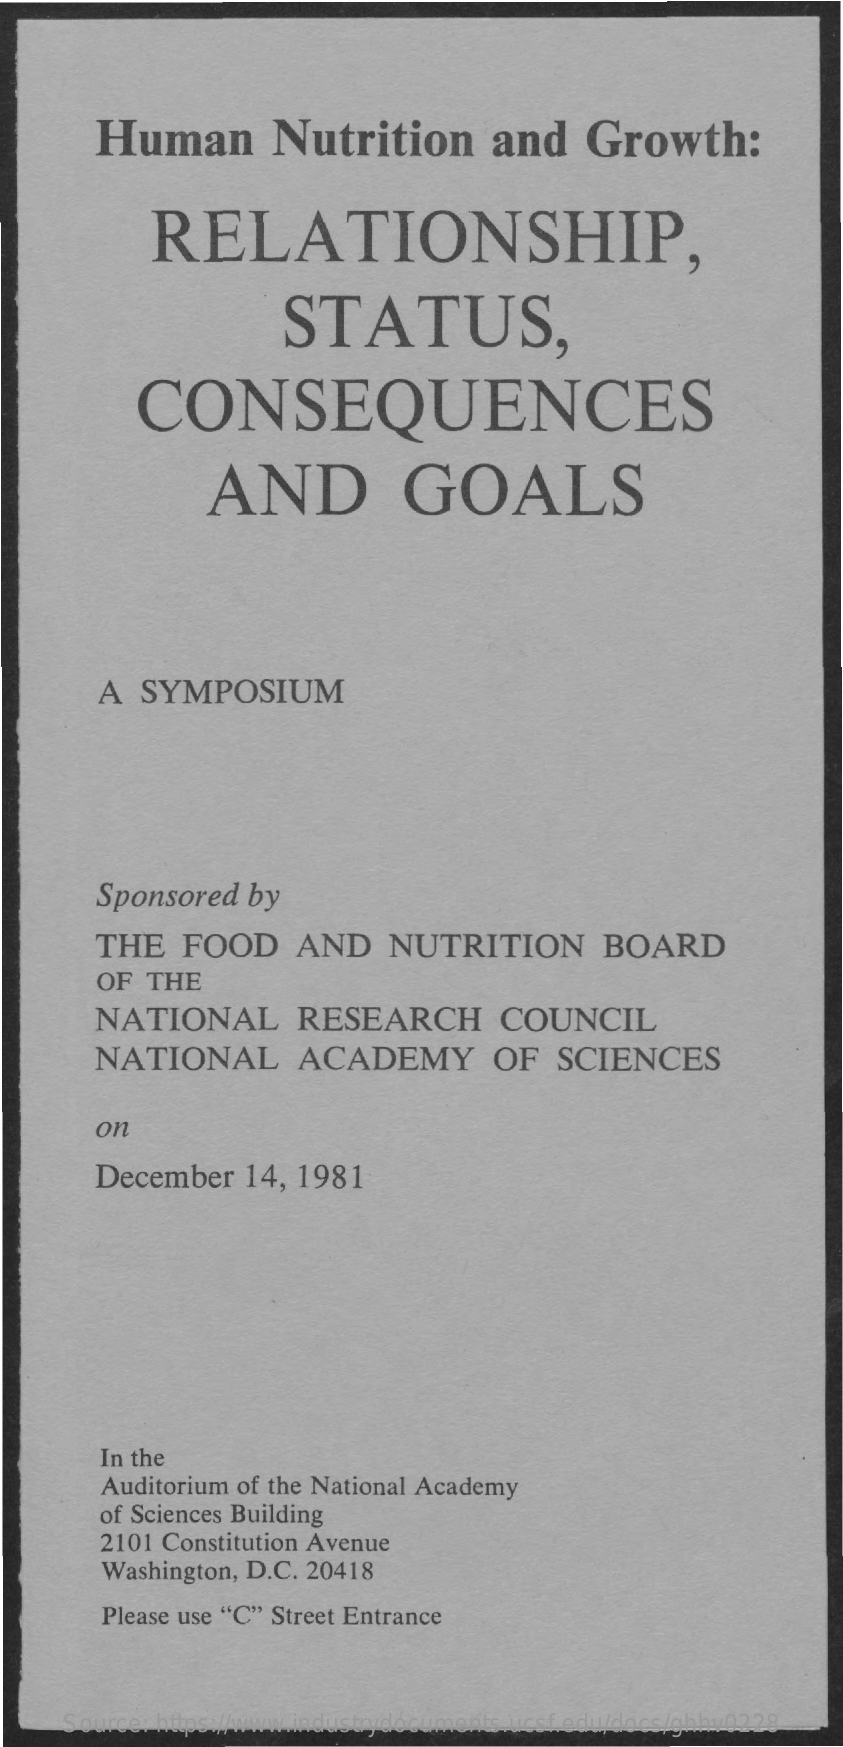
Human    Nutrition    and    Growth:
     RELATIONSHIP,
     STATUS,
     CONSEQUENCES
     AND    GOALS
     A  SYMPOSIUM
     Sponsored    by
     THE    FOOD    AND    NUTRITION    BOARD
     OF  THE
     NATIONAL    RESEARCH    COUNCIL
     NATIONAL    ACADEMY    OF   SCIENCES
     on
     December    14, 1981
     In the
     Auditorium of the National Academy
     of Sciences Building
     2101 Constitution Avenue
     Washington, D.C. 20418
     Please use "C" Street Entrance
     Source: https://www.industrydocuments.ucsf.edu/docs/ghhv0228